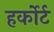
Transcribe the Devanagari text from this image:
हर्कोर्ट